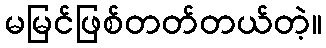
မမြင်ဖြစ်တတ်တယ်တဲ့။